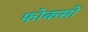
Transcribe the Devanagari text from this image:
फोकसों